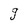
Character: g